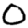
Digit: 0